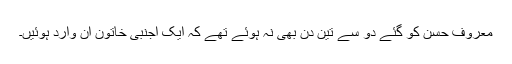
معروف حسن کو گئے دو سے تین دن بھی نہ ہوئے تھے کہ ایک اجنبی خاتون آن وارد ہوئیں۔